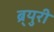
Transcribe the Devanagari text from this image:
ब्र्युरी